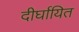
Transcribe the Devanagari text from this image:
दीर्घायित